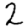
Digit: 2